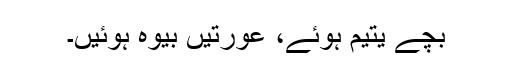
بچے یتیم ہوئے، عورتیں بیوہ ہوئیں۔